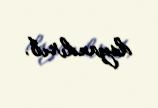
dayandırıb.